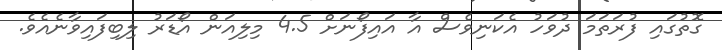
ގޮތުގައި ފުރަތަމަ ދުވަހު އެކަނިވެސް އާ އައިފޯނަށް 4.5 މިލިއަން އޯޑަރު ލިބިފައިވާނެއެވެ.